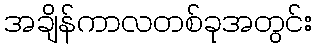
အချိန်ကာလတစ်ခုအတွင်း